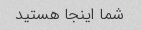
شما اینجا هستید